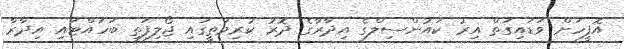
އޮފީހަށް ވަޑައިގަތް އިރު ކައުންސިލްގެ އިދާރާގެ ދޮރު ކުރިމަތީގައި ޖޯލިފަތި ބަހައްޓައި އިދާރާ